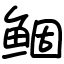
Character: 鲴